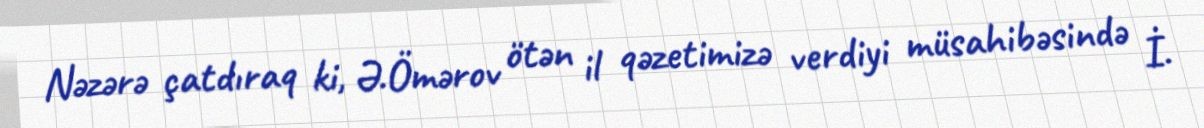
Nəzərə çatdıraq ki, Ə.Ömərov ötən il qəzetimizə verdiyi müsahibəsində İ.